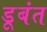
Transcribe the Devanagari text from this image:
डूबंत